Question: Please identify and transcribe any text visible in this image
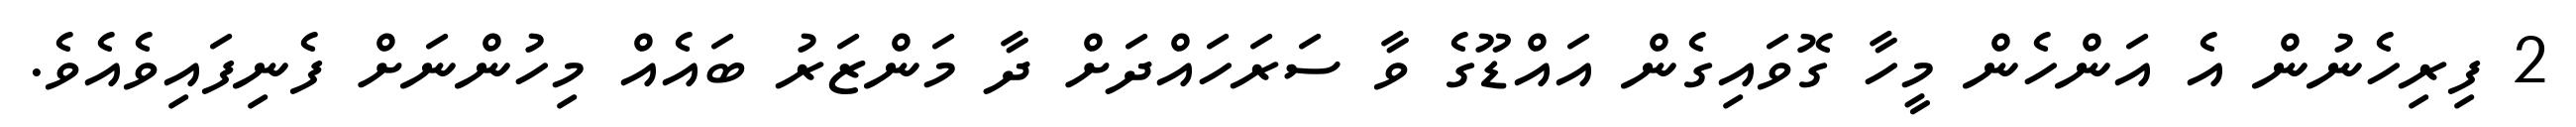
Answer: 2 ފިރިހެނުން އެ އަންހެން މީހާ ގޮވައިގެން އައްޑޫގެ ވާ ސަރަހައްދަށް ދާ މަންޒަރު ބައެއް މިހުންނަށް ފެނިފައިވެއެވެ.